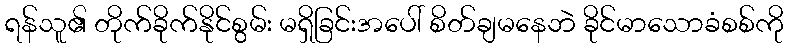
ရန်သူ၏ တိုက်ခိုက်နိုင်စွမ်း မရှိခြင်းအပေါ် စိတ်ချမနေဘဲ ခိုင်မာသောခံစစ်ကို